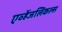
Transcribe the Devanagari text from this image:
एव्हेंजलिकल्स